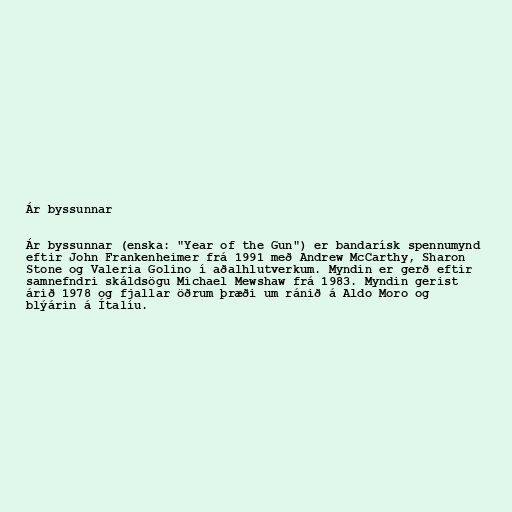
Ár byssunnar

Ár byssunnar (enska: "Year of the Gun") er bandarísk spennumynd
eftir John Frankenheimer frá 1991 með Andrew McCarthy, Sharon
Stone og Valeria Golino í aðalhlutverkum. Myndin er gerð eftir
samnefndri skáldsögu Michael Mewshaw frá 1983. Myndin gerist
árið 1978 og fjallar öðrum þræði um ránið á Aldo Moro og
blýárin á Ítalíu.